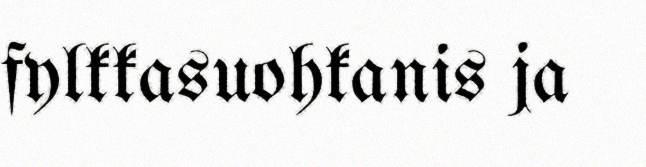
fylkkasuohkanis ja